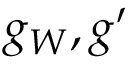
g _ { W } , g ^ { \prime }